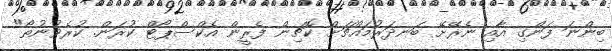
ބިންނަ ފަންގި އާއި ނެރޭށޭ ބަނދަރުމައްޗަށް ކޮޗިން ފެރީން އެކްސްޕޯޓް ކުރަން. ކުރެވުނުތޯ"